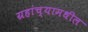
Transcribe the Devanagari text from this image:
ग्रहांच्यामधील